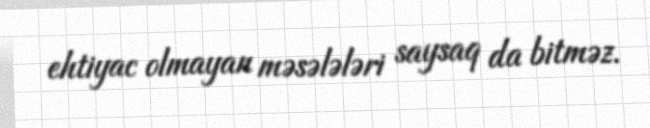
ehtiyac olmayan məsələləri saysaq da bitməz.